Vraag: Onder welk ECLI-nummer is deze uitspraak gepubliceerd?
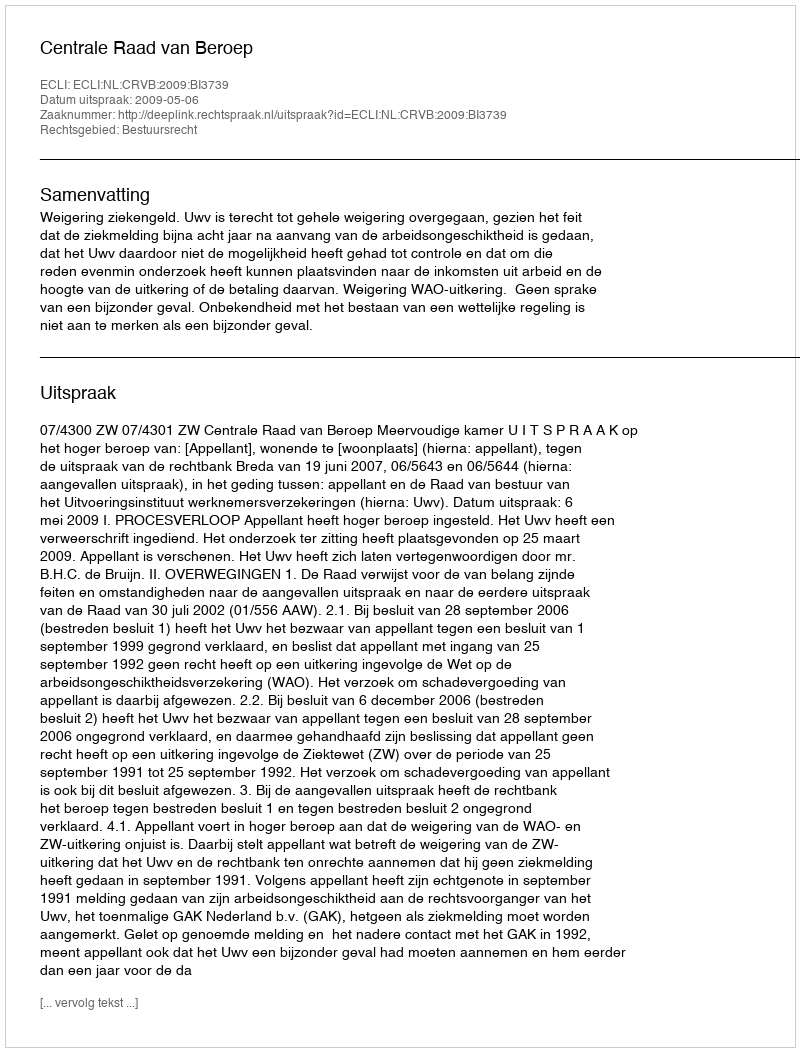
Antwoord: ECLI:NL:CRVB:2009:BI3739